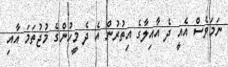
ނަމަވެސް އެއީ ދެ އާއިލާގެ އިތުރުން އެ ދެ މީހުންގެ މުޖުތަމަ އާއި